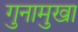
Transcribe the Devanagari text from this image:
गुनामुखा